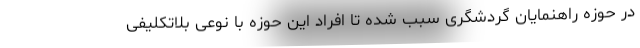
در حوزه راهنمایان گردشگری سبب شده تا افراد این حوزه با نوعی بلاتکلیفی